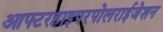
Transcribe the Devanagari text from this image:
आफ्टरहाइपरपोलराईजेशन